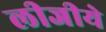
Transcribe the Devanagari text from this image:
लीजीये